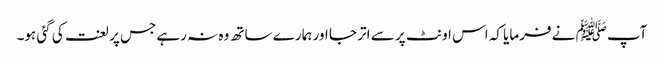
آپﷺ نے فرمایا کہ اس اونٹ پر سے اتر جا اور ہمارے ساتھ وہ نہ رہے جس پر لعنت کی گئی ہو۔